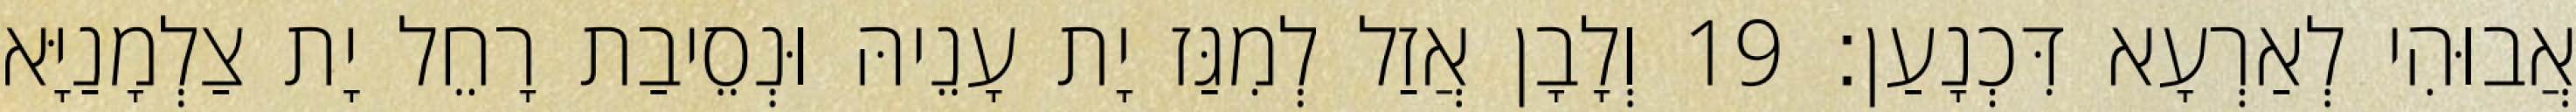
אֲבוּהִי לְאַרְעָא דִּכְנָעַן׃ 19 וְלָבָן אֲזַל לְמִגַּז יָת עָנֵיהּ וּנְסֵיבַת רָחֵל יָת צַלְמָנַיָּא